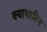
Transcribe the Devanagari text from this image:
क्याथारिन